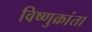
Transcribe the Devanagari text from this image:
विष्णुक्रांता